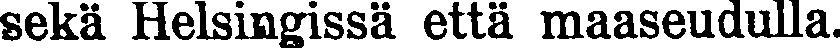
sekä Helsingissä että maaseudulla.